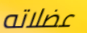
عضلاته